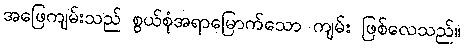
အဖြေကျမ်းသည် စွယ်စုံအရာမြောက်သော ကျမ်း ဖြစ်လေသည်။